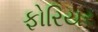
ફોરિયર